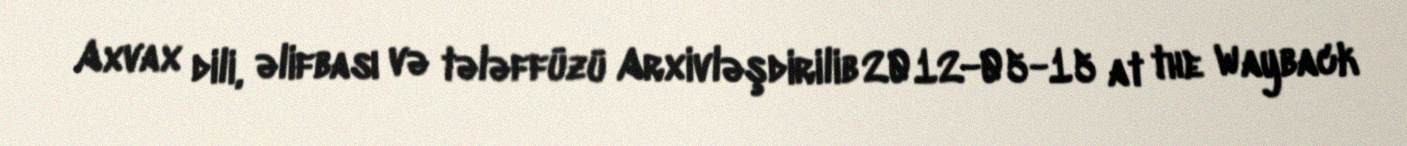
Axvax dili, əlifbası və tələffüzü Arxivləşdirilib 2012-05-15 at the Wayback